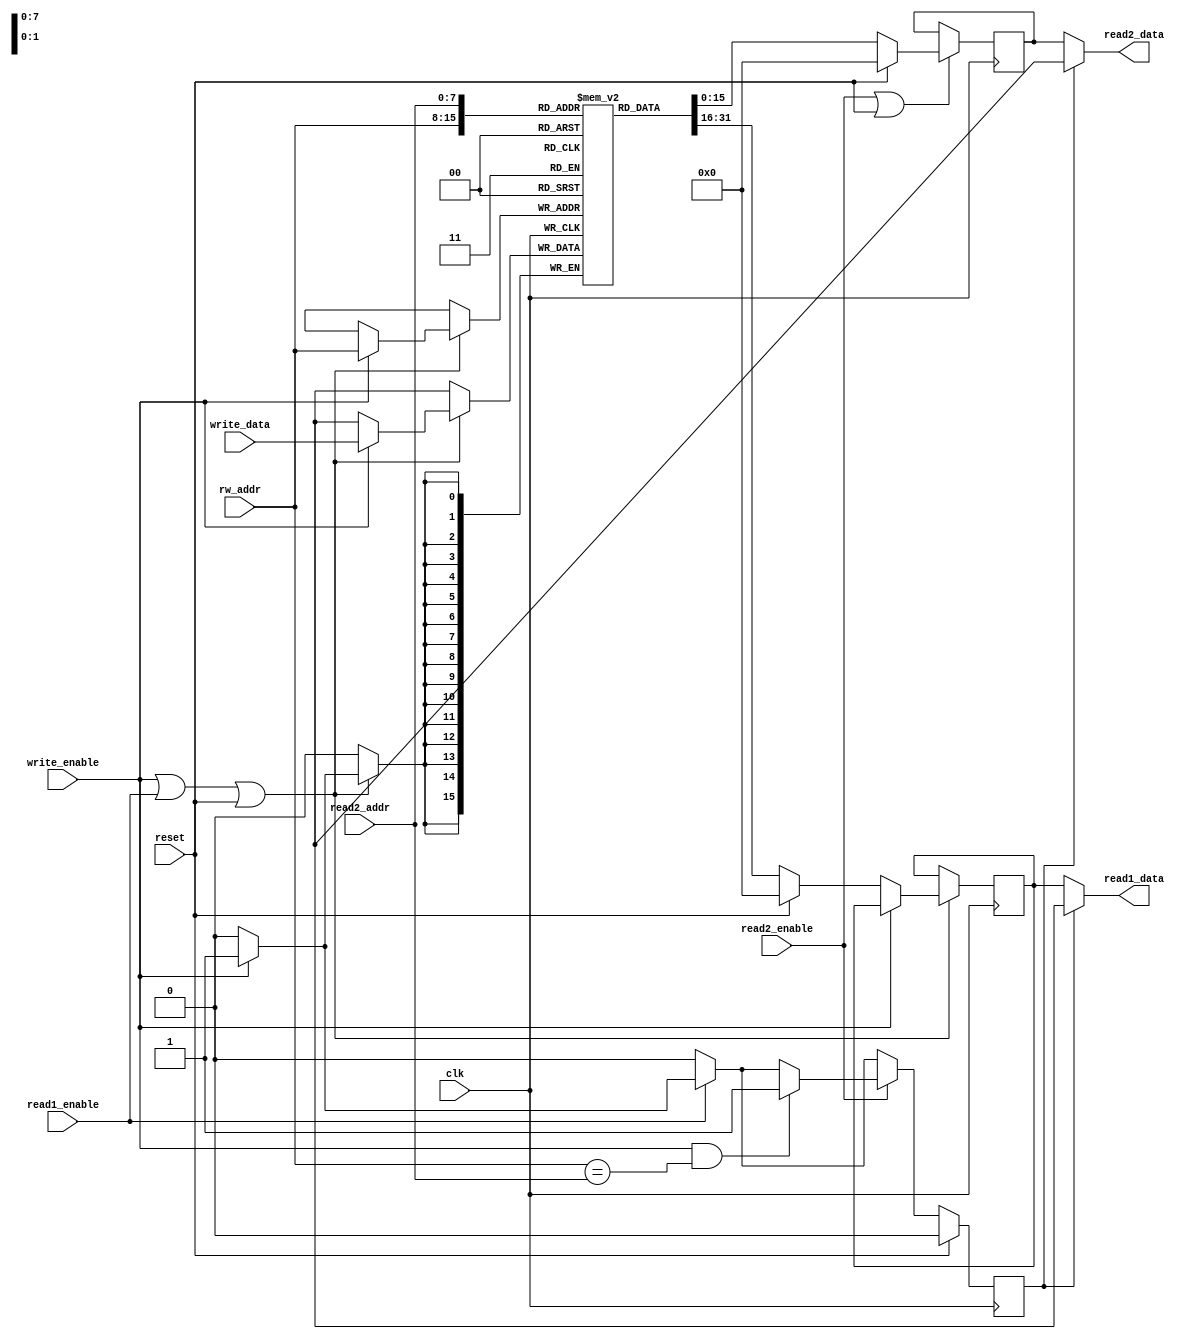
/*
	FFT - dual port RAM model
	Please see the license in the main file, fft.v
	
	Copyright 2013 MIT - Author: Michael Price (pricem@mit.edu)
*/

module ram_dp(
	clk, reset,
	rw_addr, read1_enable, read1_data, write_enable, write_data,
	read2_addr, read2_enable, read2_data
);

parameter M = 8;
parameter N = 1 << M;
parameter Nb = 16;

input clk;
input reset;

input [M-1:0] rw_addr;
input read1_enable;
output [Nb-1:0] read1_data;

input write_enable;
input [Nb-1:0] write_data;

input [M-1:0] read2_addr;
input read2_enable;
output [Nb-1:0] read2_data;

reg [Nb-1:0] data[N-1:0]	/*	synthesis syn_ramstyle = "block_ram"	*/;

reg [Nb-1:0] read1_data_internal;
reg [Nb-1:0] read2_data_internal;
reg collision;

wire en1 = write_enable || read1_enable || reset;
wire en2 = read2_enable || reset;

//	Make the read outputs undefined if there is a collision with a write,
//	modeling the behavior of our actual SRAM macro.
//  Note: could also assign to 0 in event of read_enable being 0 on previous cycle.
assign read1_data = collision ? {Nb{1'bx}} : read1_data_internal;
assign read2_data = collision ? {Nb{1'bx}} : read2_data_internal;

integer i;

always @(posedge clk) begin

    //    XST friendly synchronous read/write - port 1
    if (en1) begin
        if (write_enable)
	        data[rw_addr] <= write_data;
	    else begin
	        if (reset)
	            read1_data_internal <= 0;
	        else
	            read1_data_internal <= data[rw_addr];
	    end
	end
	
	//	XST friendly synchronous read - port 2
	if (en2) begin
	    if (reset)
	        read2_data_internal <= 0;
	    else
	        read2_data_internal <= data[read2_addr];
	end

    //    Collision detection for both ports
	if (reset) begin
		collision <= 0;
	end
	else begin
		collision <= 0;
		
		if (read1_enable) begin
			if (write_enable) begin
			    collision <= 1;
				$display("Error at time %t: Memory %m simultaneously wrote and read[1] address %h.  Results would be undefined.", $time, rw_addr);
			end
		end

		if (read2_enable) begin
			if (write_enable && (rw_addr == read2_addr)) begin
				collision <= 1;
				$display("Error at time %t: Memory %m simultaneously wrote and read[2] address %h.  Results would be undefined.", $time, rw_addr);
			end
		end

	end
end

endmodule